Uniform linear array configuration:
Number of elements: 8
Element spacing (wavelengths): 0.25
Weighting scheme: uniform
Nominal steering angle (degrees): -15
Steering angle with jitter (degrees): -16.97
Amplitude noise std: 0.05
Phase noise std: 0.05

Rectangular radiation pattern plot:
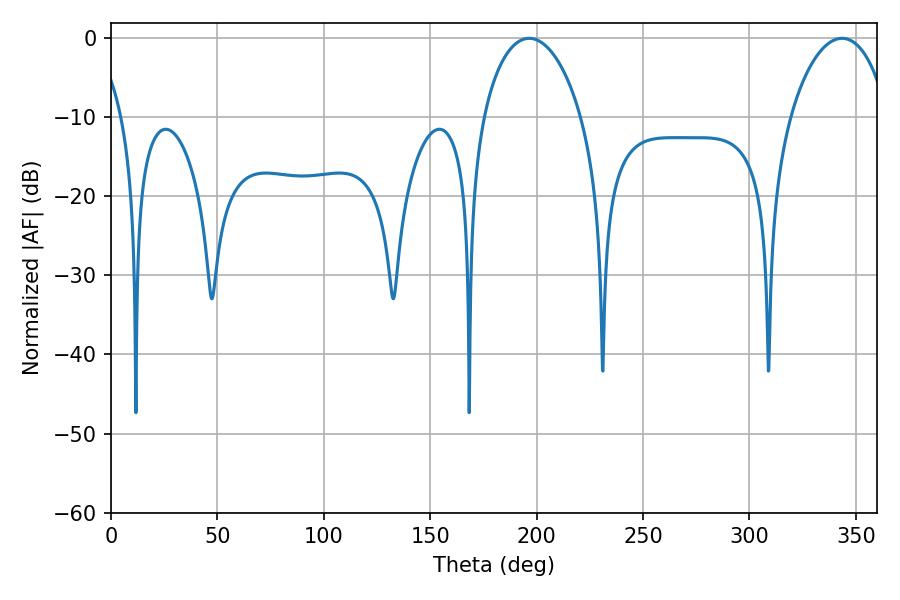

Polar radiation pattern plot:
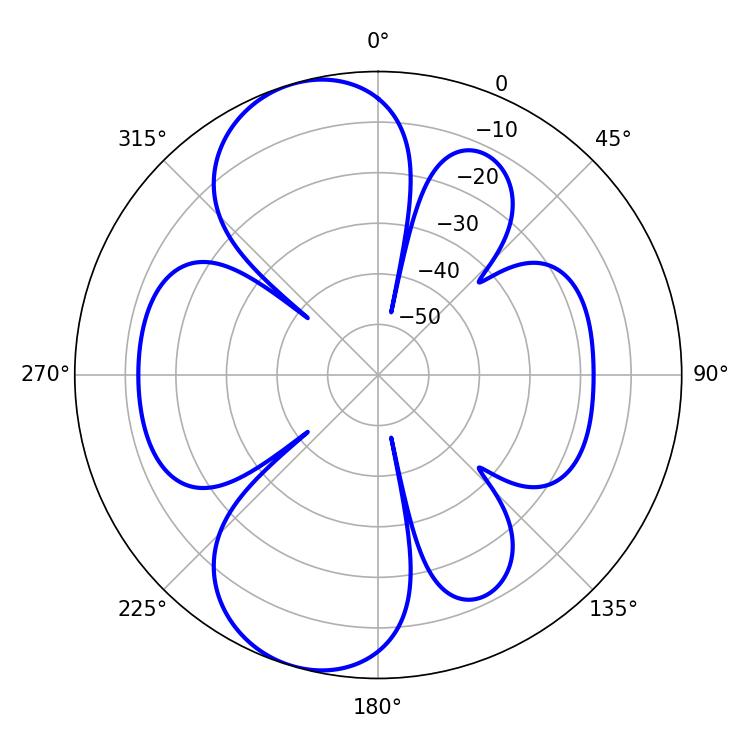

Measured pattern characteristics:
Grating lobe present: FALSE
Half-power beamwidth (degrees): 26.46
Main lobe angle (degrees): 196.56